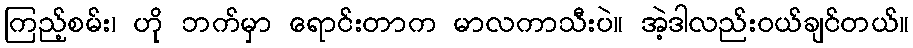
ကြည့်စမ်း၊ ဟို ဘက်မှာ ရောင်းတာက မာလကာသီးပဲ။ အဲ့ဒါလည်းဝယ်ချင်တယ်။